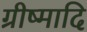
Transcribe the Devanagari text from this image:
ग्रीष्मादि